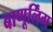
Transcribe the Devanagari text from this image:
बाणूर्लिंग